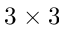
3 \times 3